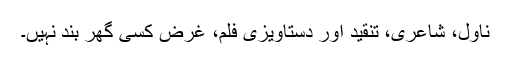
ناول، شاعری، تنقید اور دستاویزی فلم، غرض کسی گھر بند نہیں۔